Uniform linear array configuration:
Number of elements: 24
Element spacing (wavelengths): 0.25
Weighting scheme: hann
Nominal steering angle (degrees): -30
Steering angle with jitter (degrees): -30.173
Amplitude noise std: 0.05
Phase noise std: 0.05

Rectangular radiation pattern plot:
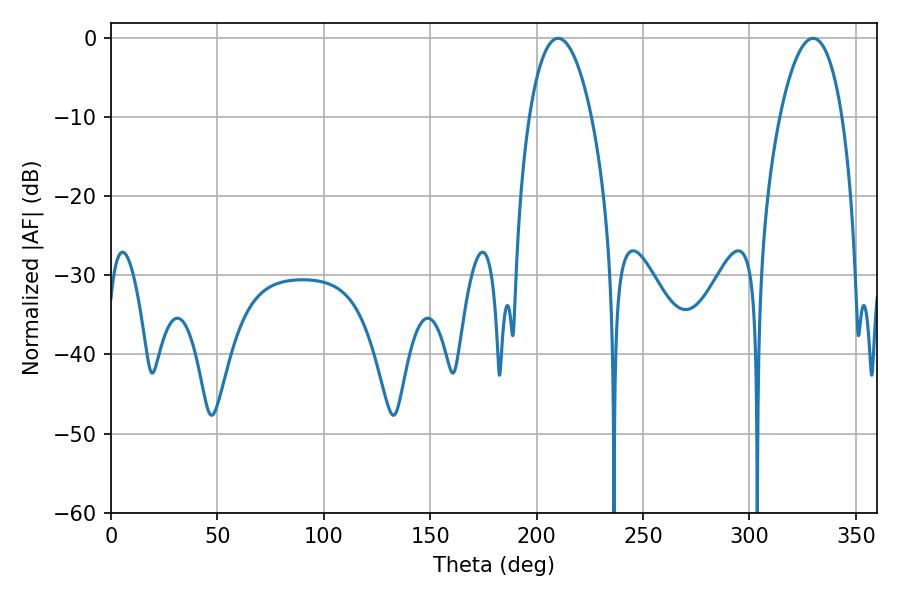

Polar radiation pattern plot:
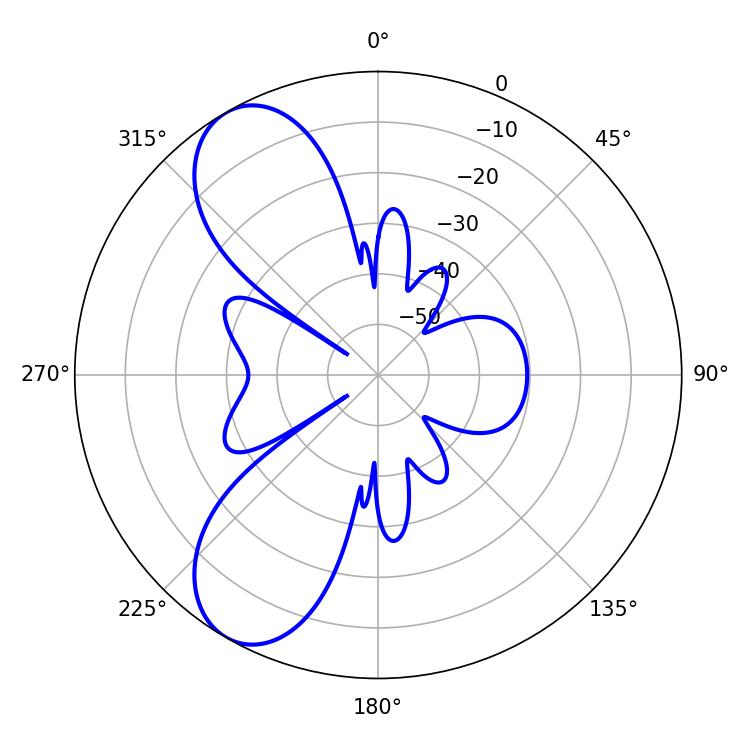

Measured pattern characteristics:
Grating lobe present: FALSE
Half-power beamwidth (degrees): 16.38
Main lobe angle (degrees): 210.06